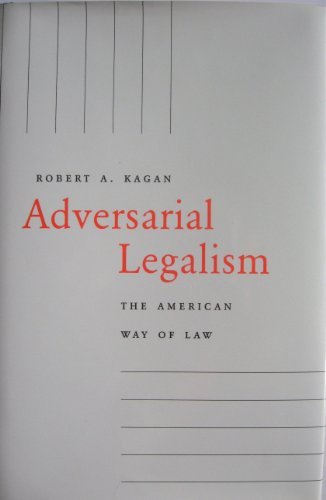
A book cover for Adversarial Legalism: The American Way of Law; Robert A. Kagan; Law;